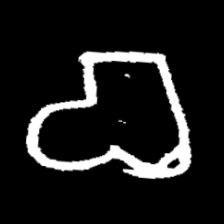
Pyu character \u2014 Myanmar letter: စ (romanized: ca)